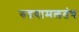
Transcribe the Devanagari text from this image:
रुद्रयामलतंत्र